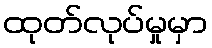
ထုတ်လုပ်မှုမှာ